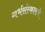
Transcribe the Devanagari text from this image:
गर्भसंस्काराचे